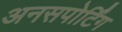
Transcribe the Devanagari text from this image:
अनसपोर्टिंग